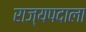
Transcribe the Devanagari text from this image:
राज्यपदाला